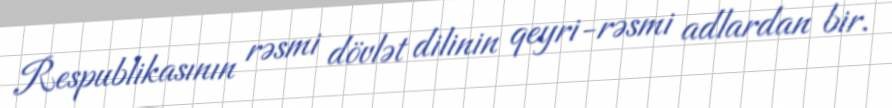
Respublikasının rəsmi dövlət dilinin qeyri-rəsmi adlardan bir.